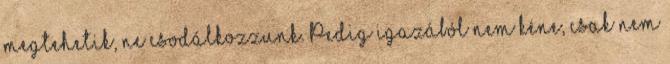
megtehetik, ne csodálkozzunk. Pedig igazából nem kéne, csak nem